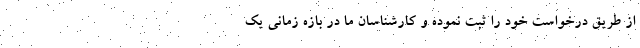
از طریق درخواست خود را ثبت نموده و کارشناسان ما در بازه زمانی یک